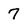
Character: 7